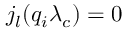
{ j _ { l } } ( q _ { i } \lambda _ { c } ) = 0